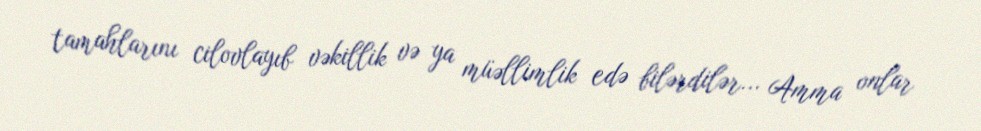
tamahlarını cilovlayıb vəkillik və ya müəllimlik edə bilərdilər... Amma onlar